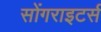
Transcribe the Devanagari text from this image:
सोंगराइटर्स